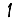
Digit: 1